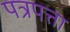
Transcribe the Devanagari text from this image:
पत्रपत्ता